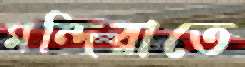
মন্দিরাতে